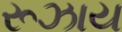
રૂઝાય